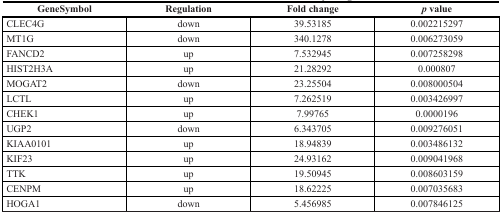
| GeneSymbol | Regulation | Fold change | p value |
 | --- | --- | --- | --- |
 | CLEC4G | down | 39.53185 | 0.002215297 |
 | MT1G | down | 340.1278 | 0.006273059 |
 | FANCD2 | up | 7.532945 | 0.007258298 |
 | HIST2H3A | up | 21.28292 | 0.000807 |
 | MOGAT2 | down | 23.25504 | 0.008000504 |
 | LCTL | up | 7.262519 | 0.003426997 |
 | CHEK1 | up | 7.99765 | 0.0000196 |
 | UGP2 | down | 6.343705 | 0.009276051 |
 | KIAA0101 | up | 18.94839 | 0.003486132 |
 | KIF23 | up | 24.93162 | 0.009041968 |
 | TTK | up | 19.50945 | 0.008603159 |
 | CENPM | up | 18.62225 | 0.007035683 |
 | HOGA1 | down | 5.456985 | 0.007846125 |